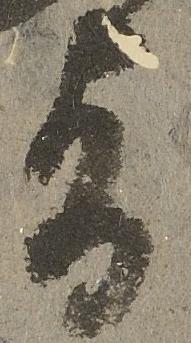
旨